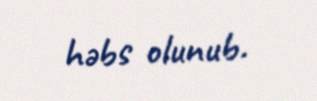
həbs olunub.